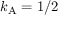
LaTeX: k _ { \mathrm { { A } } } = 1 / 2